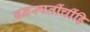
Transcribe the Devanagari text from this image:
वनस्पतींचींहि